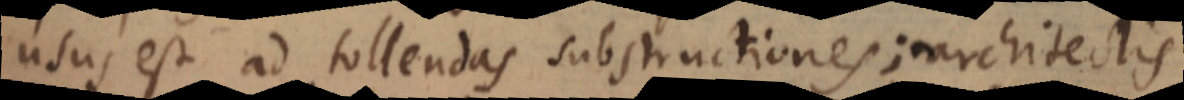
usus est ad tollendas substructiones; architectis